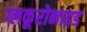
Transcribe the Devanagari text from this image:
ग्लकूरोनाइड